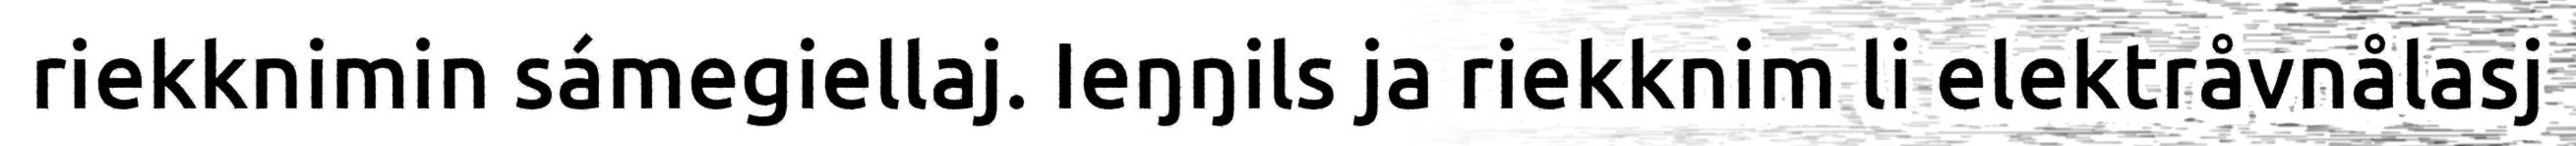
riekknimin sámegiellaj. Ieŋŋils ja riekknim li elektråvnålasj